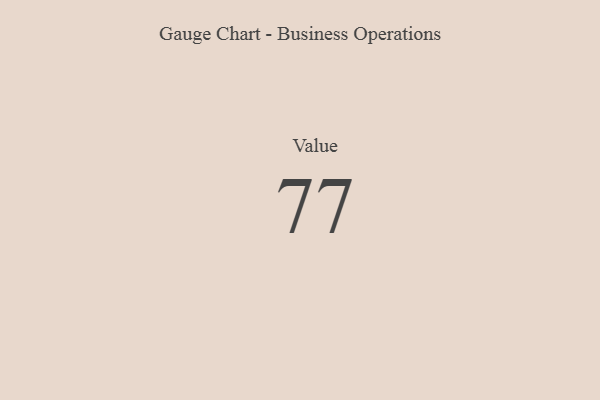
{"axis": {"x": "Metric", "y": "Value"}, "legend": [""], "data": [{"x": "Value", "y": 77, "type": ""}]}